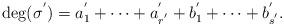
LaTeX: \begin{align*} \mathrm{deg}(\sigma^{'})=a_{1}^{'}+\cdots+a_{r^{'}}^{'}+b_{1}^{'}+\cdots+b_{s^{'}}^{'}.\end{align*}